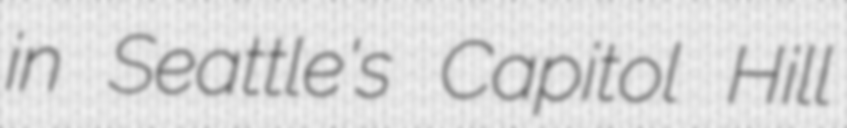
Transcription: in Seattle's Capitol Hill